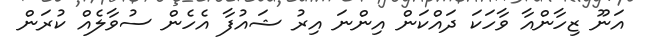
އަނޫ ޒިހާންއާ ވާހަކަ ދައްކަން އިންނަ އިރު ޝައުފާ އެހެން ސުވާލެއް ކުރަން